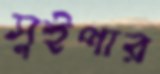
সুইপার